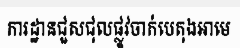
ការដ្ឋានជួសជុលផ្លូវចាក់បេតុងអាមេ